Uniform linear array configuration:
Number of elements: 8
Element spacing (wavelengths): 0.5
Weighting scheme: hamming
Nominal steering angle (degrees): -60
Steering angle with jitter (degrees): -60.336
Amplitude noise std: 0.05
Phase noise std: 0.05

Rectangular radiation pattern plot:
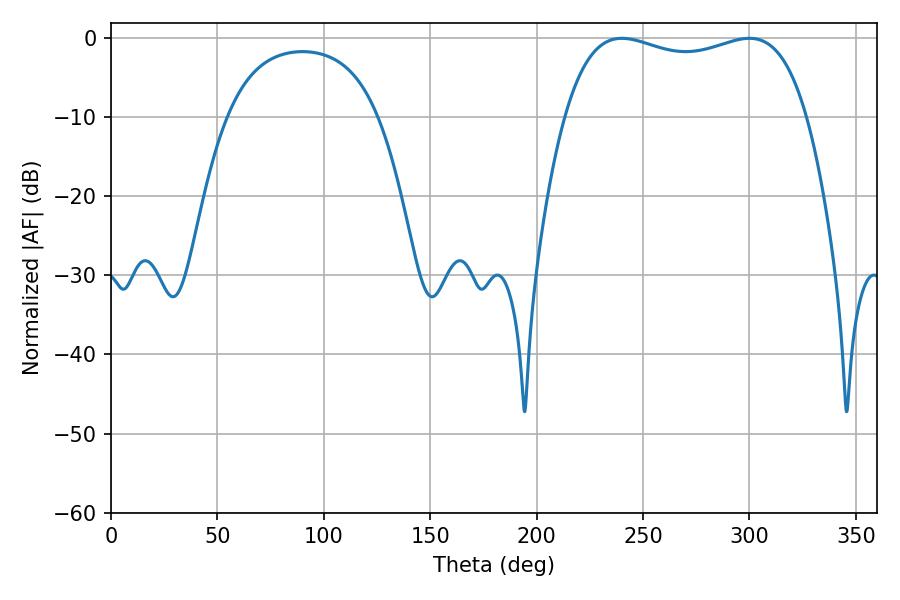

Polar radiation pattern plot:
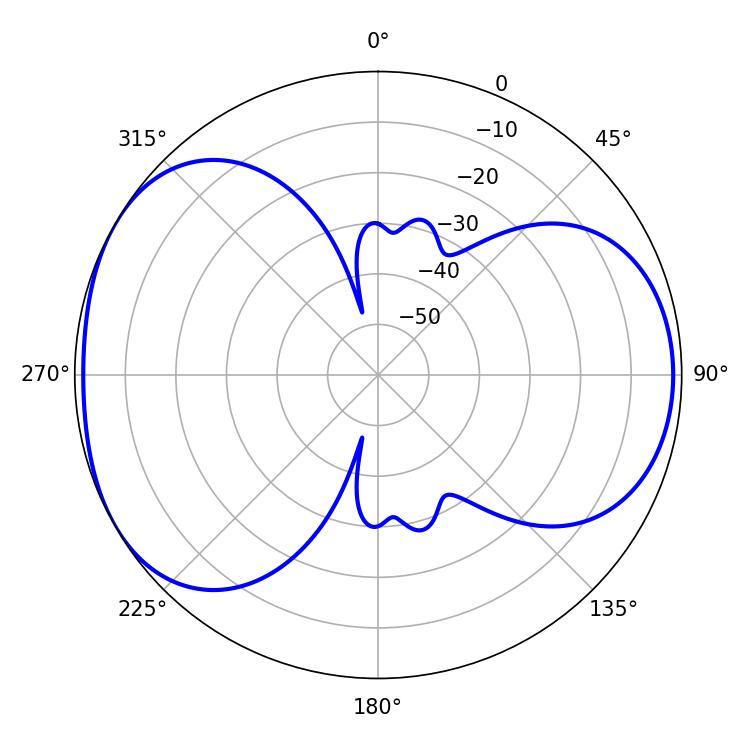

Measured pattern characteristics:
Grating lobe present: FALSE
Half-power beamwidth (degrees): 92.88
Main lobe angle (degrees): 240.12